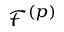
\mathcal { F } ^ { ( p ) }